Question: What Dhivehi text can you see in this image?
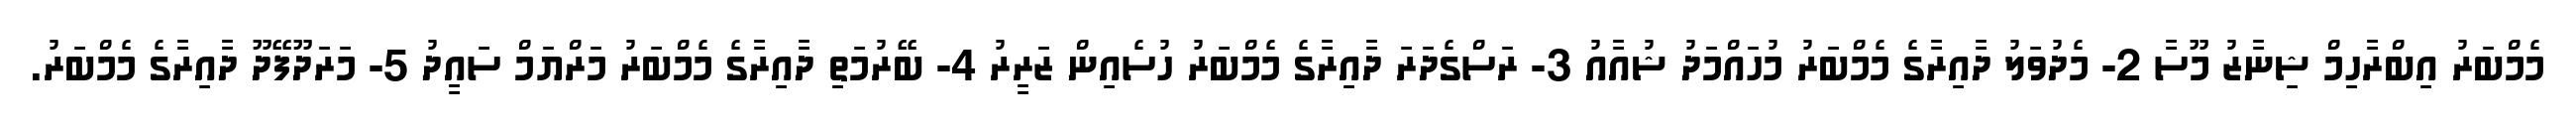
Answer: މެމްބަރު އިބްރާހިމް ޝިނާޒު މޫސާ 2- މެދުވަލު ދާއިރާގެ މެމްބަރު މުހައްމަދު ޝުއާއު 3- ރަސްގެދަރަ ދާއިރާގެ މެމްބަރު ހުސެއިން ޒަރީރު 4- ބޭރުމަތި ދާއިރާގެ މެމްބަރު މަރްޔަމް ސައީދު 5- މަރަދޫފޭދޫ ދާއިރާގެ މެމްބަރު.